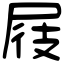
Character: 屐